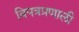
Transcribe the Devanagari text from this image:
विपत्रप्रणाली